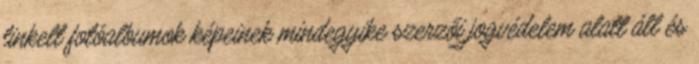
linkelt fotóalbumok képeinek mindegyike szerzői jogvédelem alatt áll és